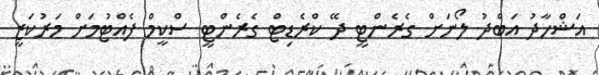
އަޝްހާދު އަބްދު ލޯނަށް ގެރެންޓީ ދޭ ކްރެޑިޓް ގެރެންޓީ ސްކީމް ފެއްޓުމަށް މަރުކަޒީ